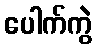
ပေါက်ကွဲ